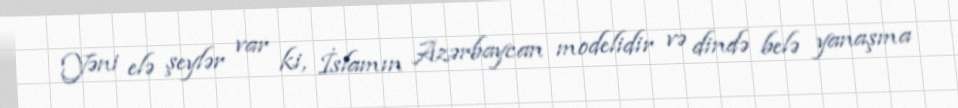
Yəni elə şeylər var ki, İslamın Azərbaycan modelidir və dində belə yanaşma